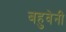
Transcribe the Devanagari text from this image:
बहुवेनी